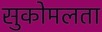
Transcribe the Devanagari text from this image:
सुकोमलता